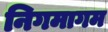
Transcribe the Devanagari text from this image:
निगमागम